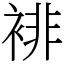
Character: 裶